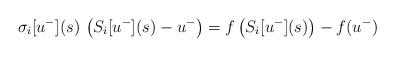
LaTeX: \begin{align*}\sigma_{i}[u^{-}](s)\, \left(S_{i}[u^{-}](s)-u^{-}\right) = f\left(S_{i}[u^{-}](s)\right)-f(u^{-})\end{align*}